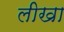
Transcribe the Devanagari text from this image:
लीखा